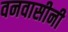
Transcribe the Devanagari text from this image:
वनवासीनी